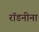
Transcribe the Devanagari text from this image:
रॉडनीना